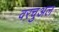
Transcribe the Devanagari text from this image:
वरचुअल